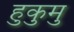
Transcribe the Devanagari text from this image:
हुकुमु